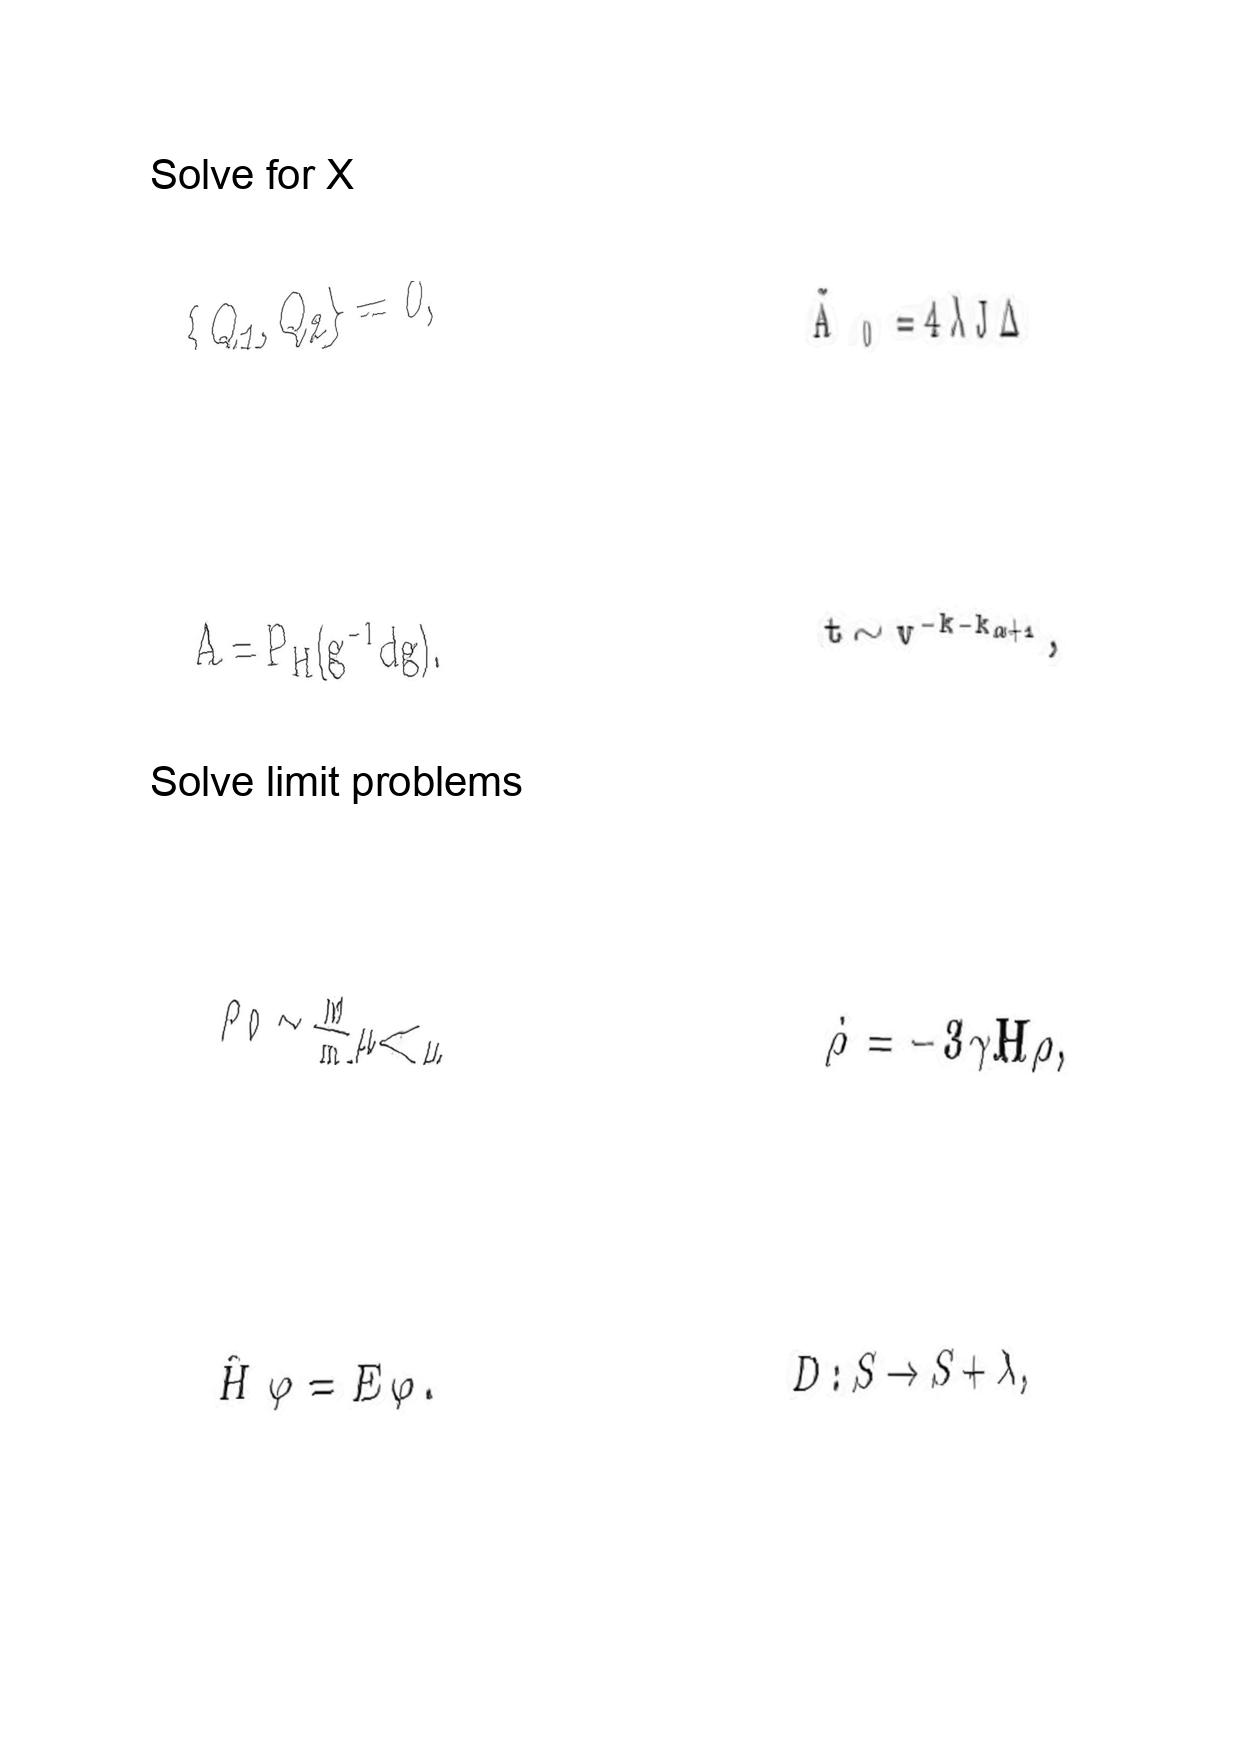
LaTeX transcription:
\lbrace Q _ { 1 } , Q _ { 2 } \rbrace = 0 ,
A = P _ { H } \lparen g ^ { - 1 } d g \rparen .
\rho _ { 0 } \sim \frac { M } { m } \mu \ll \mu .
\hat { H } \varphi = E \varphi .
\tilde { A } _ { 0 } = 4 \lambda J \Delta
t \sim v ^ { - k - k _ { \alpha + 1 } } ,
\dot { \rho } = - 3 \gamma H \rho ,
D : S \rightarrow S + \lambda ,